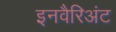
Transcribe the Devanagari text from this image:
इनवैरिअंट